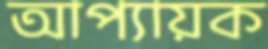
আপ্যায়ক